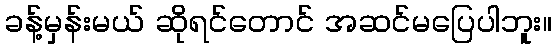
ခန့်မှန်းမယ် ဆိုရင်တောင် အဆင်မပြေပါဘူး။